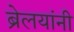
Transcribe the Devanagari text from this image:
ब्रेलयांनी